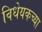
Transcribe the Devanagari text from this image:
विधेयकच्या